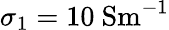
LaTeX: \sigma_{1}=10~\mathrm{{Sm^{-1}}}